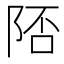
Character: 𨹭